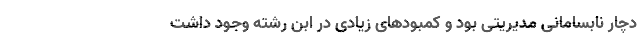
دچار نابسامانی مدیریتی بود و کمبودهای زیادی در ابن رشته وجود داشت